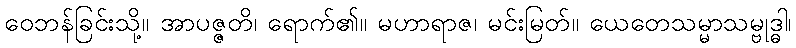
ဝေဘန်ခြင်းသို့။ အာပဇ္ဇတိ၊ ရောက်၏။ မဟာရာဇ၊ မင်းမြတ်။ ယေတေသမ္မာသမ္ဗုဒ္ဓါ၊